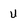
Character: U